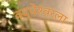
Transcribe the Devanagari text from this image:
वृद्धेश्‍वरला